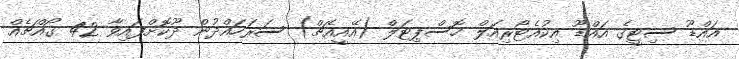
އައްޑޫ ސިޓީގެ އައްޑޫ އިކުއެޓޯރިއަލް ހޮސްޕިޓަލް (އޭއީއެޗް) ސަރަހައްދުން ދޫކޮށްފައިވާ 42 ގޯއްޗެއް